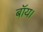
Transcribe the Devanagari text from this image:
बॉय।